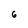
Character: 6